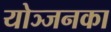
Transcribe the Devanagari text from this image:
योञ्जनका